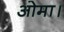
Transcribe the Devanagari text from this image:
ओमा।